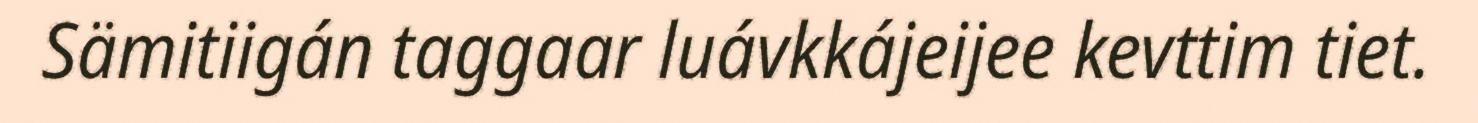
Sämitiigán taggaar luávkkájeijee kevttim tiet.